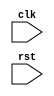
module ahb_timing_control(
    input wire clk,
    input wire rst,
    // Add any necessary input/output ports here
    
    // Timing control module code here
);

// Timing control module Verilog code

endmodule